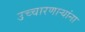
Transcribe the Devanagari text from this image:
उच्चारणार्‍यांना